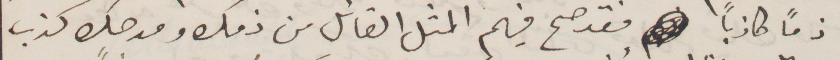
ذمًا كاذبًأ فقد صح فيهم المثل القائل من ذم ومدحك كذب